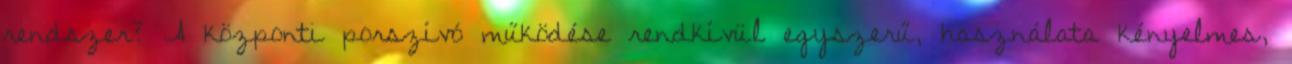
rendszer? A központi porszívó működése rendkívül egyszerű, használata kényelmes,